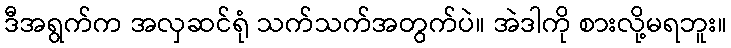
ဒီအရွက်က အလှဆင်ရုံ သက်သက်အတွက်ပဲ။ အဲဒါကို စားလို့မရဘူး။